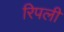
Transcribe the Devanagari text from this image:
रिपली